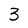
Character: 3